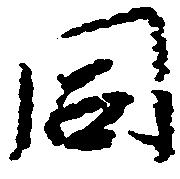
同